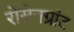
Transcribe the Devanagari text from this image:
रोसेनग्रांट